Vaccine operations Central Provinces 1886-1899 - 1886-1899
Year: 1886
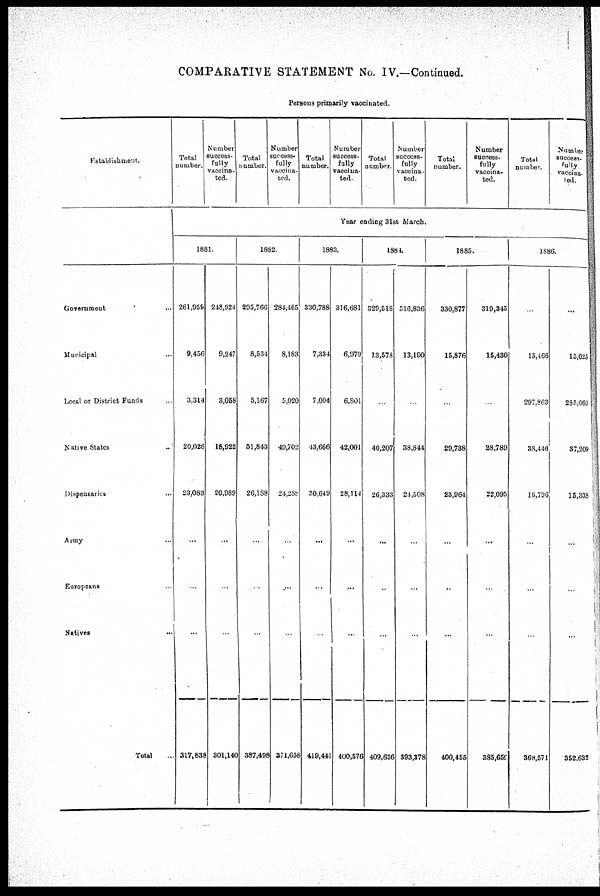
COMPARATIVE STATEMENT No. IV.-Continued.
Persons primarily vaccinated.
Establishment.
Government
...
Municipal
...
Local or District Funds ...
Native States ...
Dispensaries
...
Army
Europeans
Natives
Total
Total
number.
Number
success-
fully
vaccina¬
ted.
Total
number.
Number
success-
fully
vaccina-
ted.
Total
number.
Number
success-
fully
vaccina-
ted
Total
number.
Number
success-
fully
vaccina-
ted.
Total
number.
Number
success-
fully
vaccina-
ted.
Total
number.
Number
success-
fully
vaccina¬
ted.
Year ending 31st March.
1881.
261,959
9,456
3,314
20,026
23,083
...
...
...
317,831
248,924
9,247
3,058
18,922
20,989
...
...
...
301,140
1882.
295,766
8,534
5,167
51,843
26,188
...
...
...
387,492
284,465
8,183
5,020
49,702
24,288
...
....
...
371,651
1883.
330,788
7,334
7,004
43,666
30,649
...
...
...
419,441
316,681
6,979
6,801
42,001
28,114
...
...
...
400,576
1884.
329,518
13,578
...
40,207
26,333
...
..
...
409,636
316,836
13,190
...
38,844
24,508
...
...
...
393,378
1885.
330,877
15,876
...
29,738
23,964
...
..
...
400,455
319,345
15,430
...
28,789
22,095
...
...
...
335,659
1886.
...
15,166
297,863
38,446
16,706
...
...
...
368,571
...
15,025
285,060
37,209
15,338
...
..
...
352,632